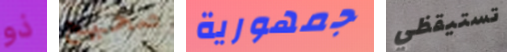
ذو صحيح جمهورية تستيقظي